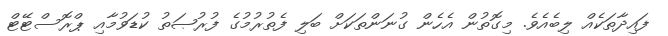
ފައިދާތަކެއް ލިބެއެވެ. މިގޮތުން އެހެން ގުނަންތަކަށް ބަލި ފެތުރުމުގެ ފުރުޞަތު ކުޑަވުމާއި ޕްރޮސްޓޭޓް